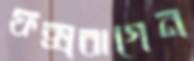
ফক্সবাগেন